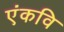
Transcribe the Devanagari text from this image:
एंकवि